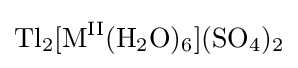
{\ce {Tl2[M^{II}(H2O)6](SO4)2}}